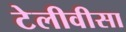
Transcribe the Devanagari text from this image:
टेलीवीसा